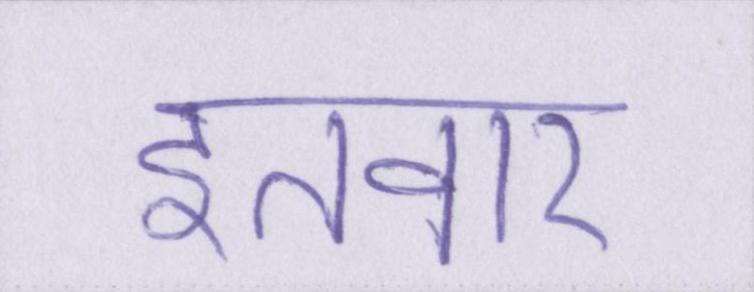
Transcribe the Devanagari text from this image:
इतवार